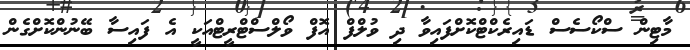
މާޓިން ސްކޯސެސް ޑައިރެކްޓްކޮށްފައިވާ ދި ވުލްފް އޮފް ވޯލްސްޓްރީޓްއަކީ އެ ފައިސާ ބޭނުންކޮށްގެން